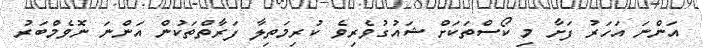
އަންނަ އަހަރު ފަށާ މި ކޯސްތަކަށް ޝައުގުވެރިވެ ކުރިމަތިލާ ފަރާތްތަކުން އަންނަ ނޮވެމްބަރު